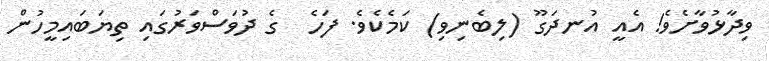
ވިދާޅުވާށެވެ! އެއީ އުނދަގޫ (ލިބެނިވި) ކަމެކެވެ. ފަހެ  ގެ ދުވަސްވަރުގައި ތިޔަބައިމީހުން